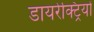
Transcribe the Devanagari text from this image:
डायरेक्ट्रियों